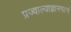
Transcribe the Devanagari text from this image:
प्रज्वाल्याज्ञानगहनं